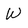
Character: W